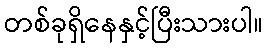
တစ်ခုရှိနေနှင့်ပြီးသားပါ။